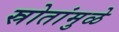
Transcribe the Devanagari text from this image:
स्रोतांमुळे